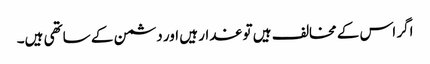
اگر اس کے مخالف ہیں تو غدار ہیں اور دشمن کے ساتھی ہیں۔